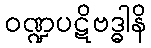
ဝဏ္ဍပဋိဗဒ္ဓါနိ